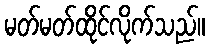
မတ်မတ်ထိုင်လိုက်သည်။